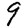
Digit: 9